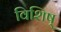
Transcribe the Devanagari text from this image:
विशिष्